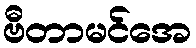
ဗီတာမင်အေ